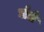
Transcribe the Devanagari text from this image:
घोळे